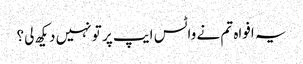
یہ افواہ تم نے واٹس ایپ پر تو نہیں دیکھ لی؟